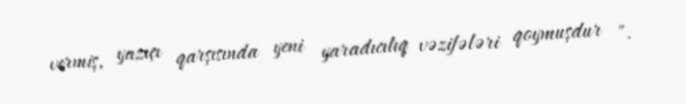
vermiş, yazıçı qarşısında yeni yaradıcılıq vəzifələri qoymuşdur ".